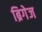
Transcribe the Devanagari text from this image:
ब्रिगेज